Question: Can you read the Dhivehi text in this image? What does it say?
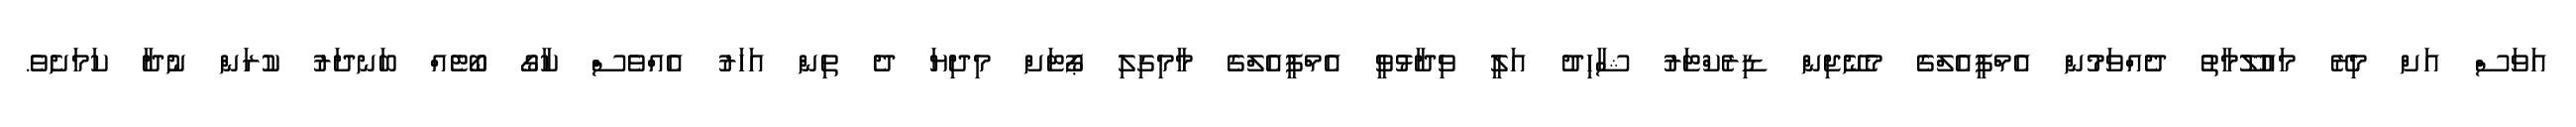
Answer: އަވަސް އަށް މިރޭ މައުލޫމާތު ދެއްވަމުން އެމްޕީއެލްގެ މެނޭޖިން ޑިރެކްޓަރު ޝާހިދު އަލީ ވިދާޅުވީ އެމްޕީއެލްގެ މާމިގިލި ޕޯޓަށް މިދިޔަ ދެ ތިން އަހަރު އެއްވެސް ކާގޯ ބޯޓެއް ބަނދަރު ކުރަން ނުދާ ކަމަށެވެ.